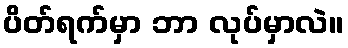
ပိတ်ရက်မှာ ဘာ လုပ်မှာလဲ။